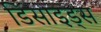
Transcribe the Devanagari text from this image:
डिसाइड्स